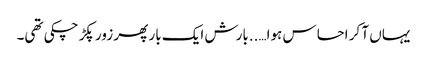
یہاں آ کر احساس ہوا…..بارش ایک بار پھر زور پکڑ چکی تھی۔